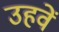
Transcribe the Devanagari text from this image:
उहवें